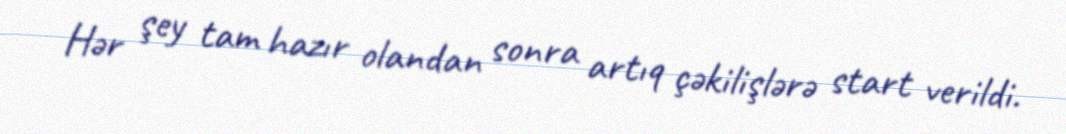
Hər şey tam hazır olandan sonra artıq çəkilişlərə start verildi.